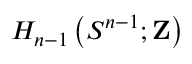
H _ { n - 1 } \left( S ^ { n - 1 } ; \mathbf { Z } \right)